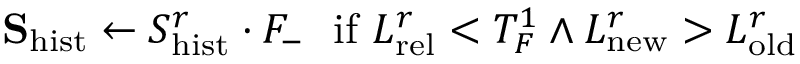
\mathbf { S } _ { \mathrm { h i s t } } \leftarrow S _ { \mathrm { h i s t } } ^ { r } \cdot F _ { - } \ \ \mathrm { i f } \ L _ { \mathrm { r e l } } ^ { r } < T _ { F } ^ { 1 } \land L _ { \mathrm { n e w } } ^ { r } > L _ { \mathrm { o l d } } ^ { r }